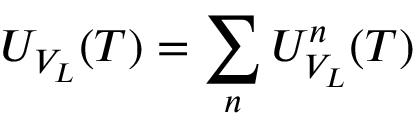
U _ { V _ { L } } ( T ) = \sum _ { n } U _ { V _ { L } } ^ { n } ( T )